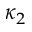
\kappa _ { 2 }